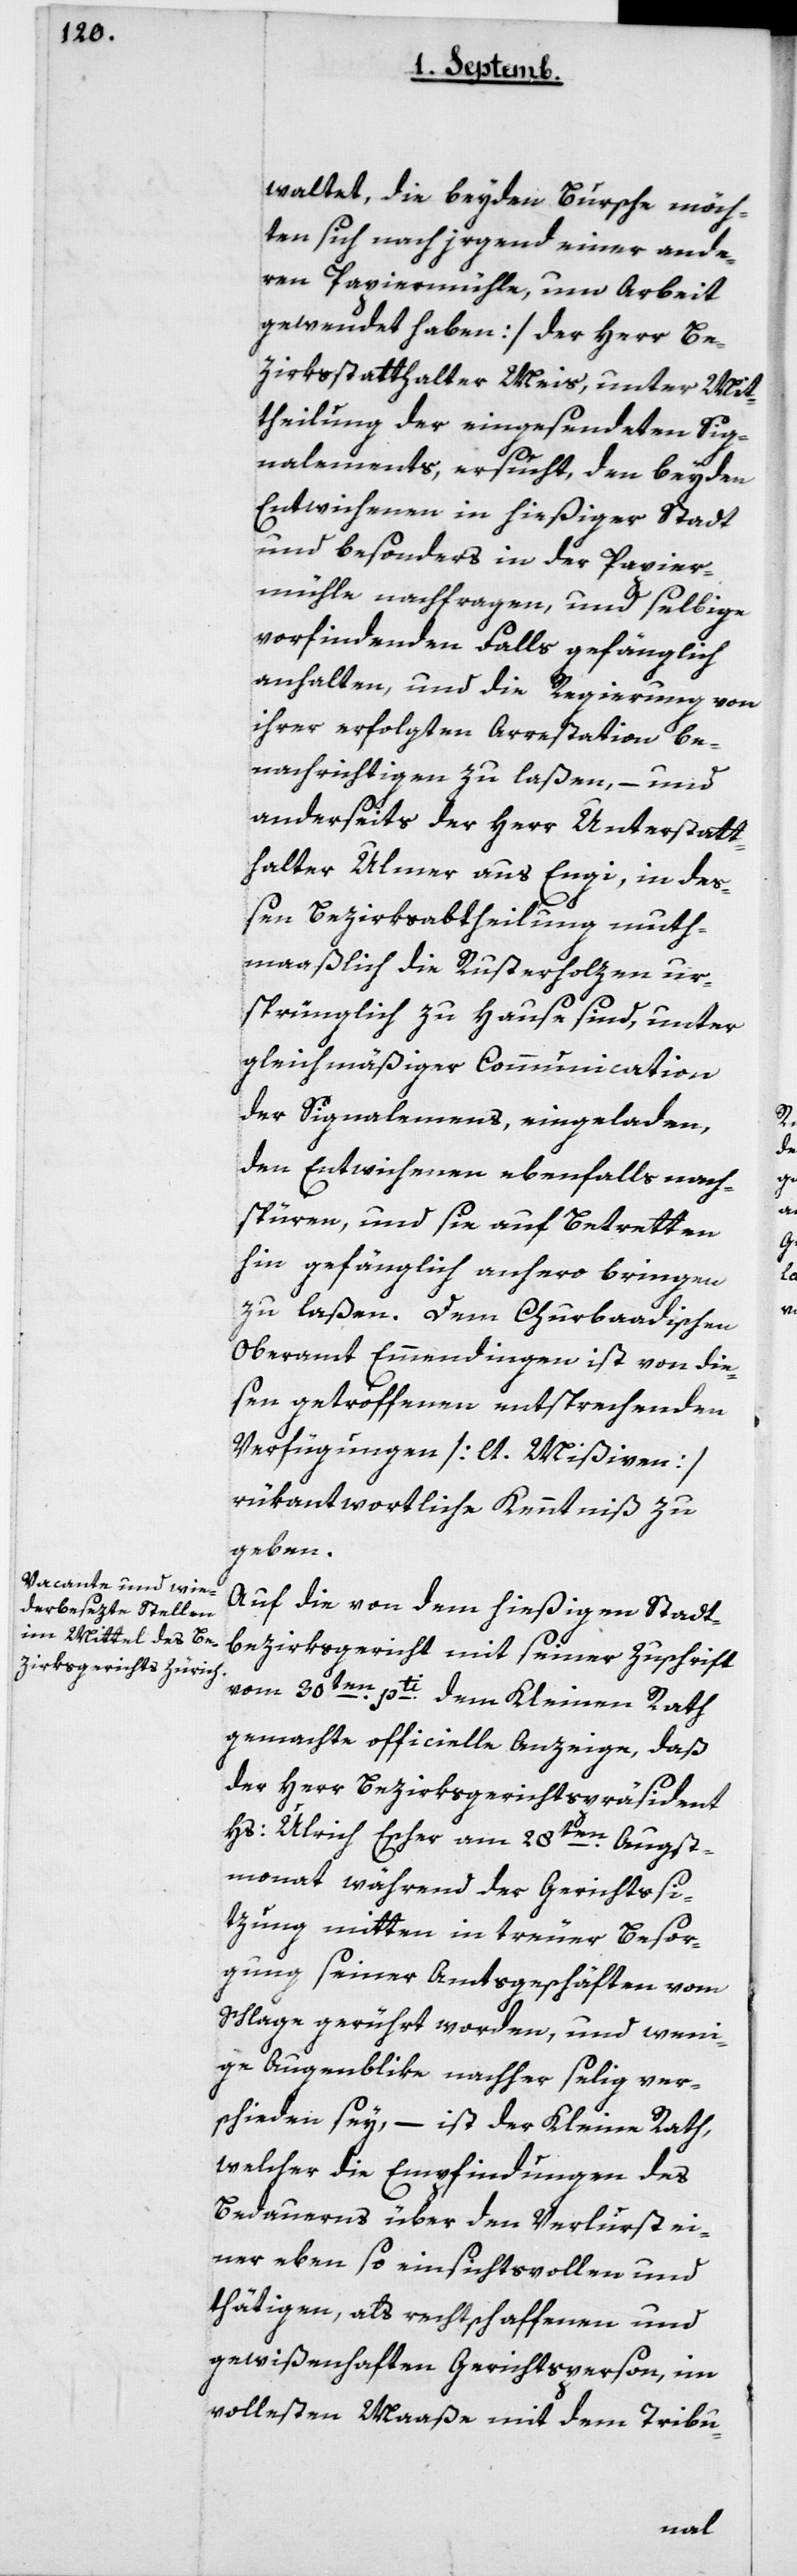
waltet, die beyden Bursche möch¬
ten sich nach irgend einer ande¬
ren Papiermühle um Arbeit
gewendet haben] der Herr Be¬
zirksstatthalter Meis unter Mit¬
theilung der eingesendeten Sig¬
nalements, ersucht, den beyden
Entwichenen in hießiger Stadt
und besonders in der Papier¬
mühle nachfragen, und selbige
vorfindenden Falls gefänglich
anhalten, und die Regierung von
ihrer erfolgten Arrestation be¬
nachrichtigen zu laßen, – und
anderseits der Herr Unterstatt¬
halter Ulmer aus Engi, in deß¬
en Bezirksabtheilung muth¬
maßlich die Rusterholzen ur¬
sprünglich zu Hause sind, unter
gleichmäßiger Communication
der Signalemens, eingeladen,
den Entwichenen ebenfalls nach¬
spüren, und sie auf Betretten
hin gefänglich anhero bringen
zu laßen. Dem Churbadischen
Oberamt Emmendingen ist von die¬
sen getroffenen entsprechenden
Verfügungen [lt. Mißiven]
rükantwortliche Kenntniß zu
geben.
Auf die von dem hießigen Stadt¬
bezirksgericht mit seiner Zuschrift
vom 30ten pti dem Kleinen Rath
der Herr Bezirksgerichts-Präsident
Hs. Ulrich Escher am 28ten Augst¬
monat während der Gerichtssi¬
tzung mitten in treuer Besor¬
gung seiner Amtsgeschäften vom
Schlage gerührt worden, und weni¬
ge Augenblike nachher selig ver¬
schieden sey, – ist der Kleine Rath,
welcher die Empfindungen des
Bedauerns über den Verlurst ei¬
ner eben so einsichtsvollen und
thätigen, als rechtschaffenen und
gewißenhaften Gerichtsperson, im
vollsten Maaße mit dem Tribu-